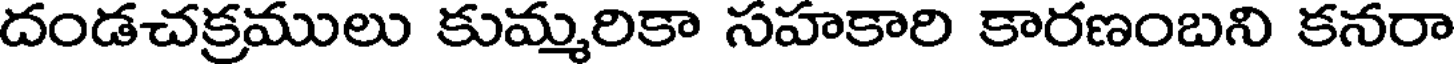
దండచక్రములు కుమ్మరికా సహకారి కారణంబని కనరా